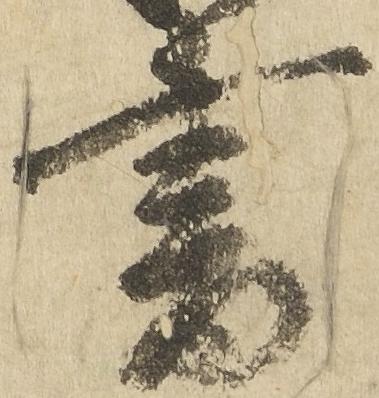
書